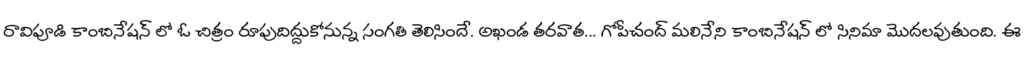
రావిపూడి కాంబినేషన్ లో ఓ చిత్రం రూపుదిద్దుకోనున్న సంగతి తెలిసిందే. అఖండ తరవాత... గోపీచంద్ మలినేని కాంబినేషన్ లో సినిమా మొదలవుతుంది. ఈ